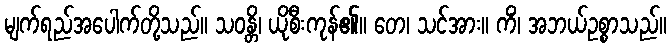
မျက်ရည်အပေါက်တို့သည်။ သဝန္တိ၊ ယိုစီးကုန်၏။ တေ၊ သင်အား။ ကိံ၊ အဘယ်ဥစ္စာသည်။